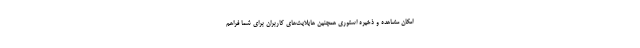
امکان مشاهده و ذخیره استوری همچنین هایلایت‌های کاربران برای شما فراهم